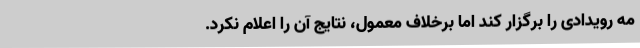
مه رویدادی را برگزار کند اما برخلاف معمول، نتایج آن را اعلام نکرد.